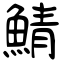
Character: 鯖